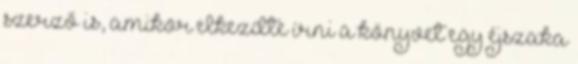
szerző is, amikor elkezdte írni a könyvet egy éjszaka